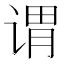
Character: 谓